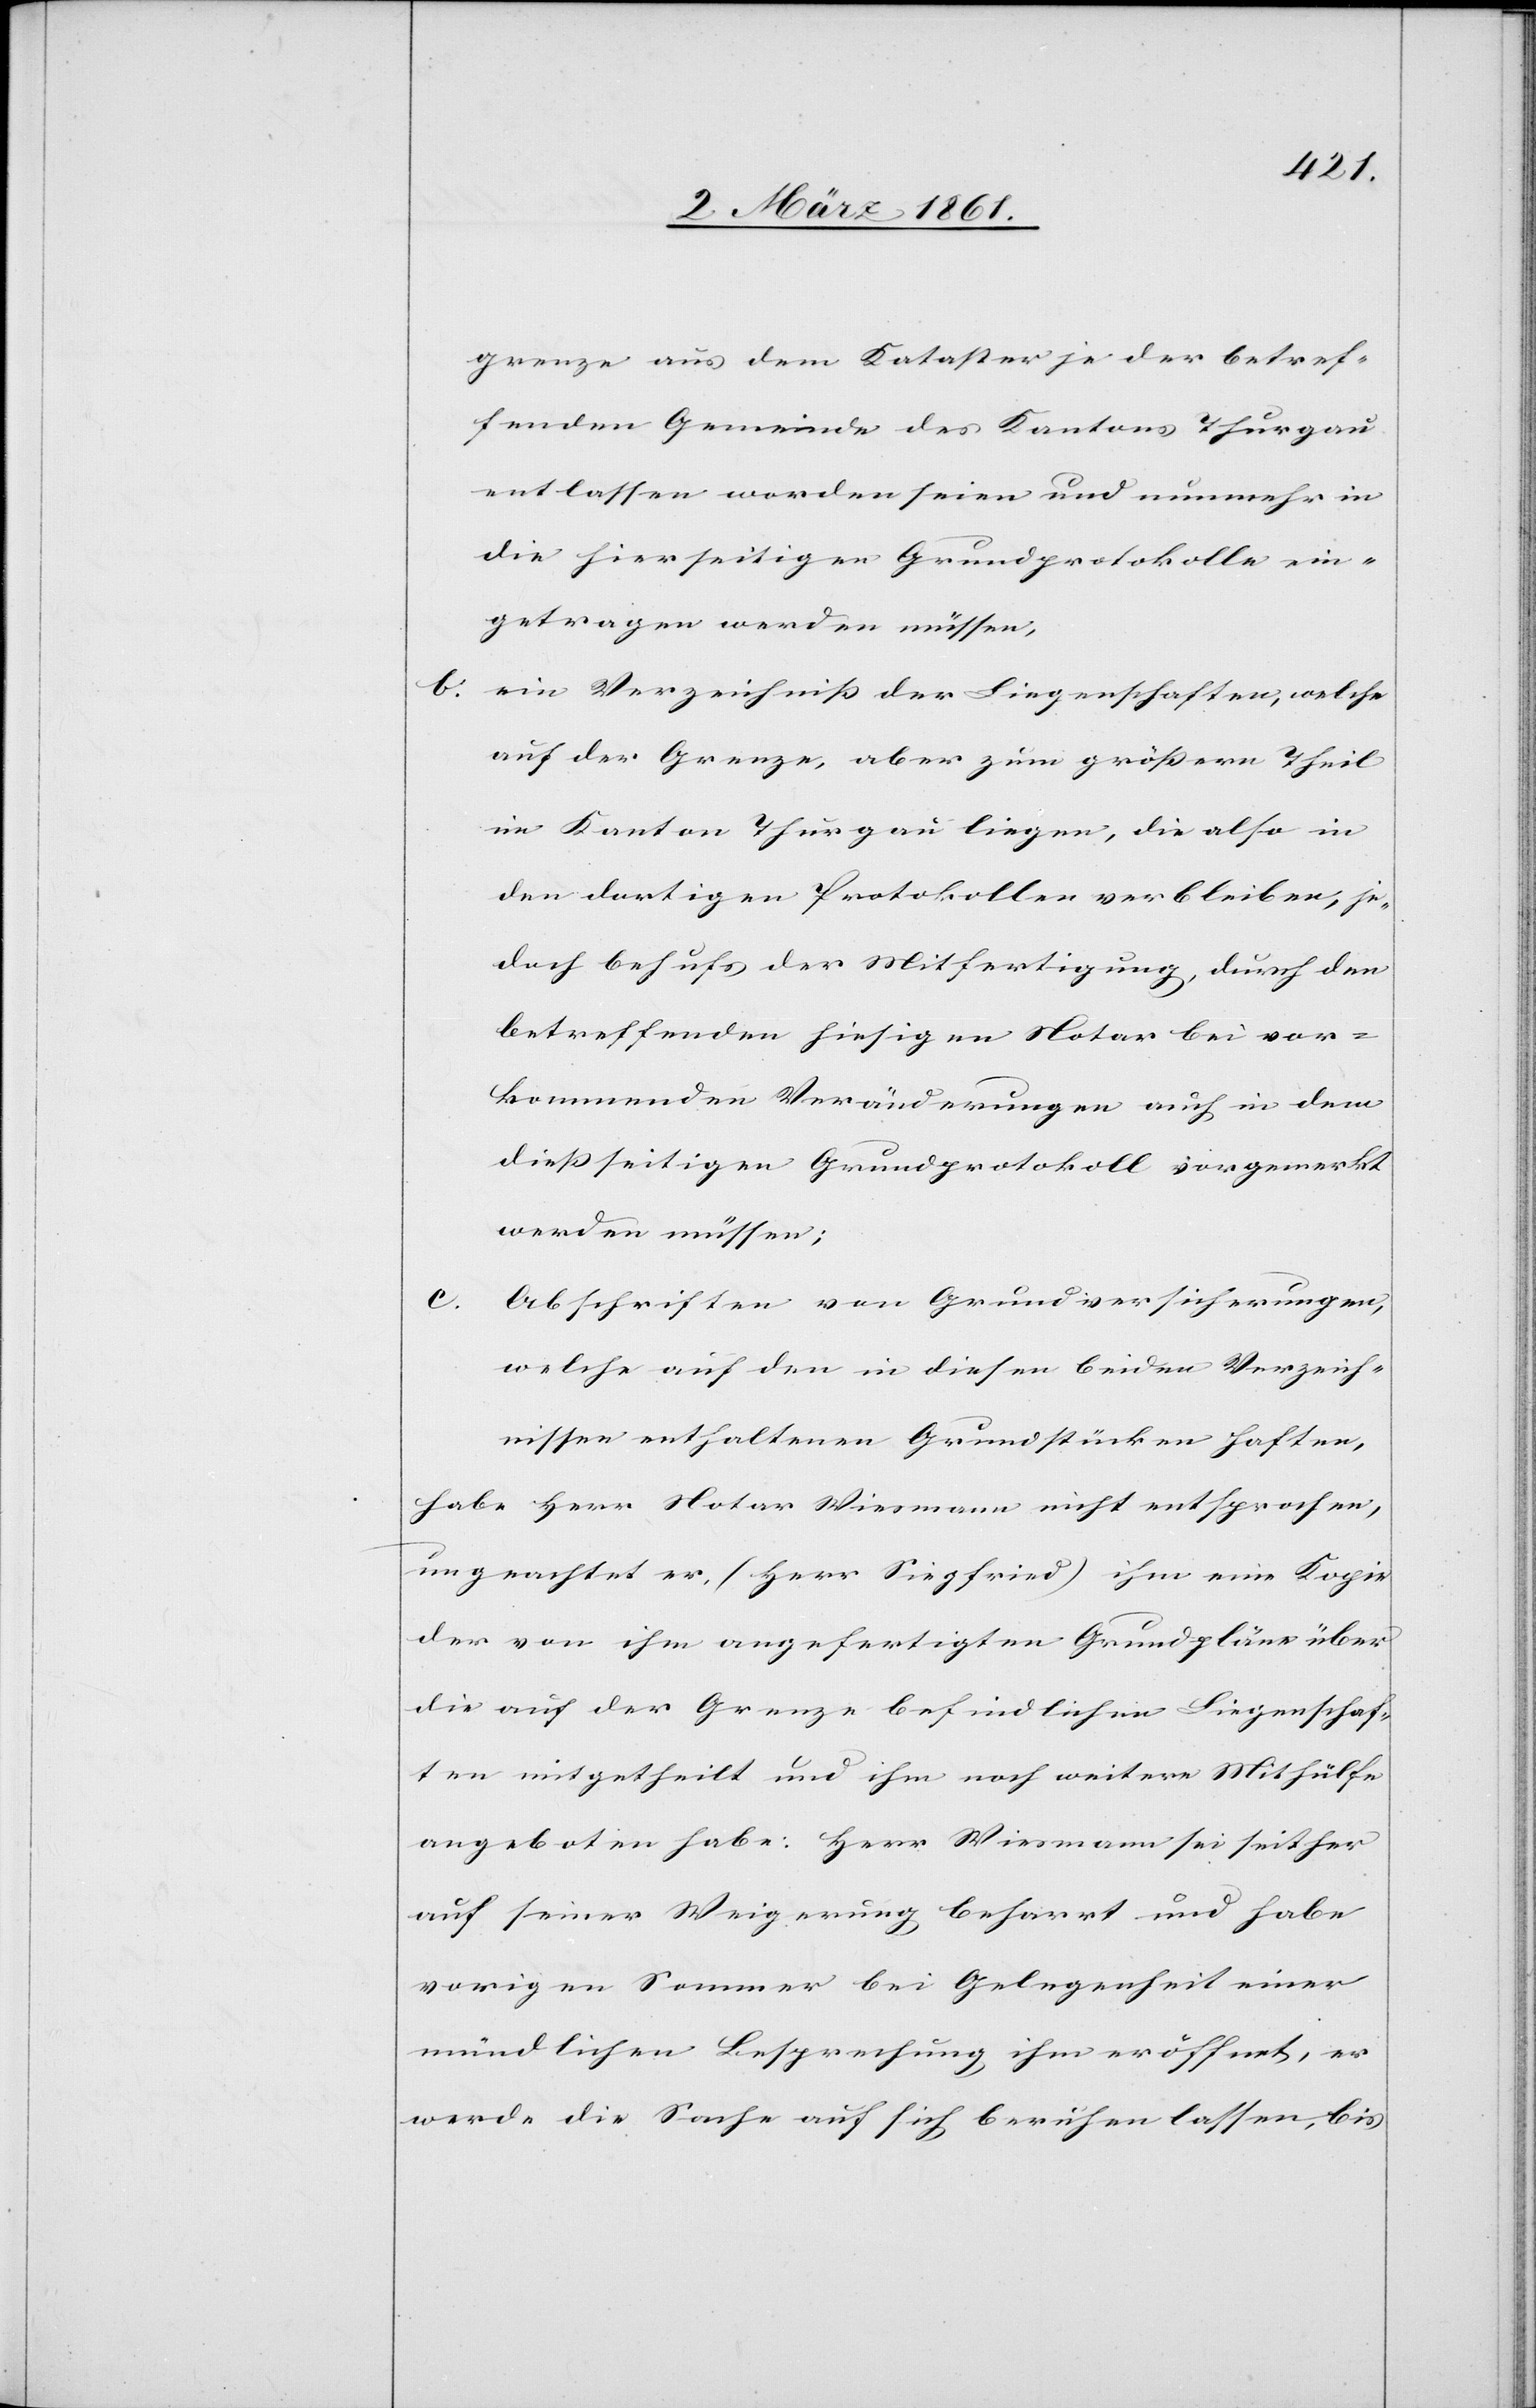
grenze aus dem Kataster je der betref¬
fenden Gemeinde des Kantons Thurgau
entlassen worden seien und nunmehr in
die hierseitigen Grundprotokolle ein¬
getragen werden müssen,
b. ein Verzeichniss der Liegenschaften, welche
auf der Grenze, aber zum grössern Theil
im Kanton Thurgau liegen, die also in
den dortigen Protokollen verblieben, je¬
doch behufs der Mitfertigung, durch den
betreffenden hiesigen Notar bei vor¬
kommenden Veränderungen auch in dem
diessseitigen Grundprotokoll vorgemerkt
werden müssen;
Abschriften von Grundversicherungen,
welche auf den in diesen beiden Verzeich¬
nissen enthaltenen Grundstücken haften,
habe Herr Notar Wiesmann nicht entsprochen,
ungeachtet er (Herr Siegfried) ihm eine Kopie
der von ihm angefertigten Grundpläne über
die auf der Grenze befindlichen Liegenschaf¬
ten mitgetheilt und ihm noch weitere Mithülfe
angeboten habe. Herr Wiesmann sei seither
auf seiner Weigerung beharrt und habe
vorigen Sommer bei Gelegenheit einer
mündlichen Besprechung ihm eröffnet, er
werde die Sache auf sich beruhen lassen, bis